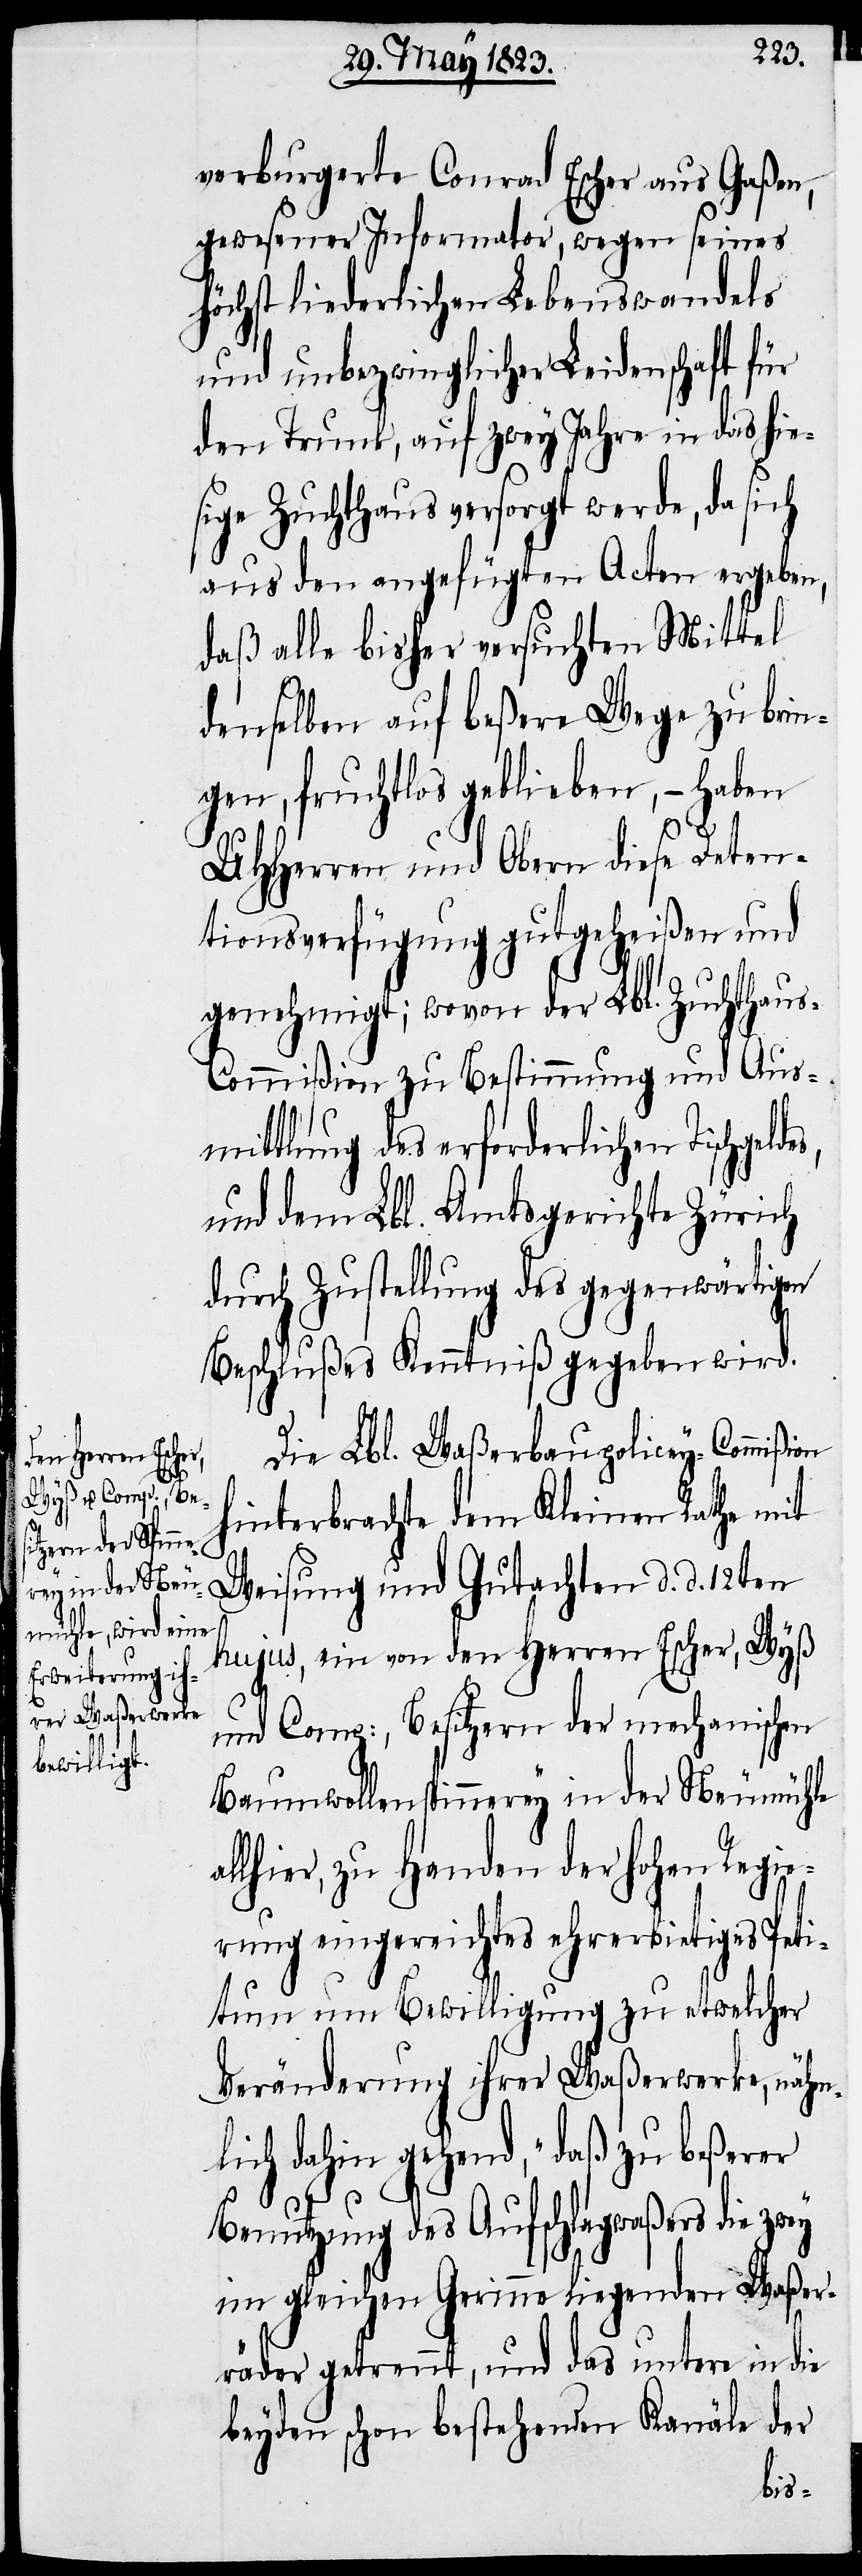
verburgerte Conrad Escher aus Gaßen,
gewesener Informator, wegen seines
höchst liederlichen Lebenswandels
und unbezwinglicher Leidenschaft für
den Trunk, auf zwey Jahre in das hie¬
sige Zuchthaus versorgt werde, da sich
aus den angefügten Acten ergeben,
daß alle bisher versuchten Mittel
denselben auf beßere Wege zu brin¬
gen, fruchtlos geblieben, – haben
UHHerren und Obern diese Deten¬
tionsverfügung gutgeheißen und
genehmigt; wovon der Lbl. Zuchthau¬
s-Commißion zu Bestimmung und Aus¬
mittlung des erforderlichen Tischgeld¬
und dem Lbl. Amtsgerichte Zürich
durch Zustellung des gegenwärtigen
Beschlußes Kenntniß gegeben wird.
Die Lbl. Waßerbaupolicey-Commißion
hinterbrachte dem Kleinen Rathe mit
Weisung und Gutachten d. d. 12ten
hujus, ein von den Herren Escher, Wyß
al¬
und Comp:, Besitzern der mechanischen
Baumwollenspinnerey in der Neumühle
lhier, zu Handen der hohen Regie¬
rung eingereichtes ehrerbietiges Peti¬
tum um Bewilligung zu etwelcher
Veränderung ihrer Waßerwerke, nähm¬
lich dahin gehend, „daß zu beßerer
Benutzung des Aufschlagwaßers die zwey
im gleichen Gerinne liegenden Waßer¬
räder getrennt, und das untere in die
beyden schon bestehenden Kanäle der